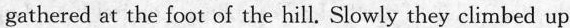
gathered at the foot of the hill. Slowly they climbed up